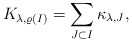
\begin{align*} K_{\lambda,\varrho(I)}=\sum_{J\subset I}\kappa_{\lambda,J},\end{align*}